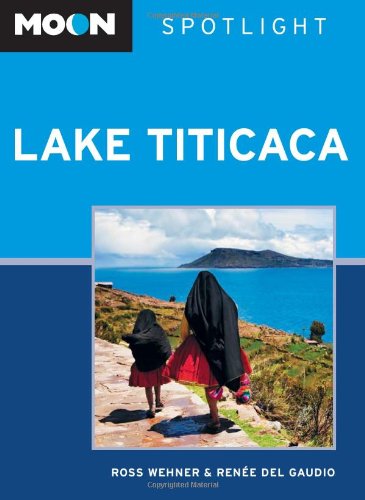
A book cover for Moon Spotlight Lake Titicaca; Ross Wehner; Travel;